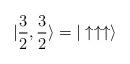
LaTeX: \begin{align*}| \frac{3}{2}, \frac{3}{2} \rangle = | \uparrow\uparrow \uparrow \rangle\end{align*}